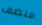
منصف